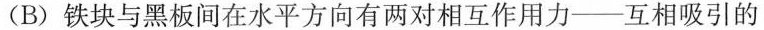
(B)铁块与黑板间在水平方向有两对相互作用力——互相吸引的